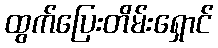
ထွက်ပြေးတိမ်းရှောင်